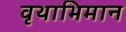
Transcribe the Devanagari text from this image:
वृथाभिमान